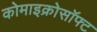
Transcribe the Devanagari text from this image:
कोमाइक्रोसॉफ्ट